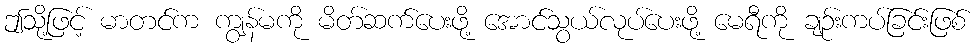
ဤသို့ဖြင့် မာတင်က ကျွန်မကို မိတ်ဆက်ပေးဖို့ အောင်သွယ်လုပ်ပေးဖို့ မေရီကို ချဉ်းကပ်ခြင်းဖြစ်